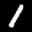
Label: 1